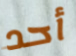
أحد